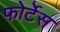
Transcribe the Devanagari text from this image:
फोर्टेस